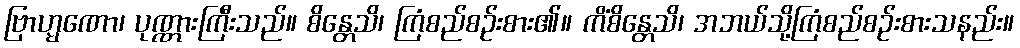
ဗြာဟ္မဏော၊ ပုဏ္ဏားကြီးသည်။ စိန္တေသိ၊ ကြံစည်စဉ်းစား၏။ ကိံစိန္တေသိ၊ အဘယ်သို့ကြံစည်စဉ်းစားသနည်း။